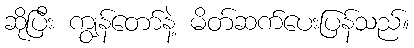
ဆိုပြီး ကျွန်တော်နဲ့ မိတ်ဆက်ပေးပြန်သည်။